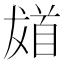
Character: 𩠙